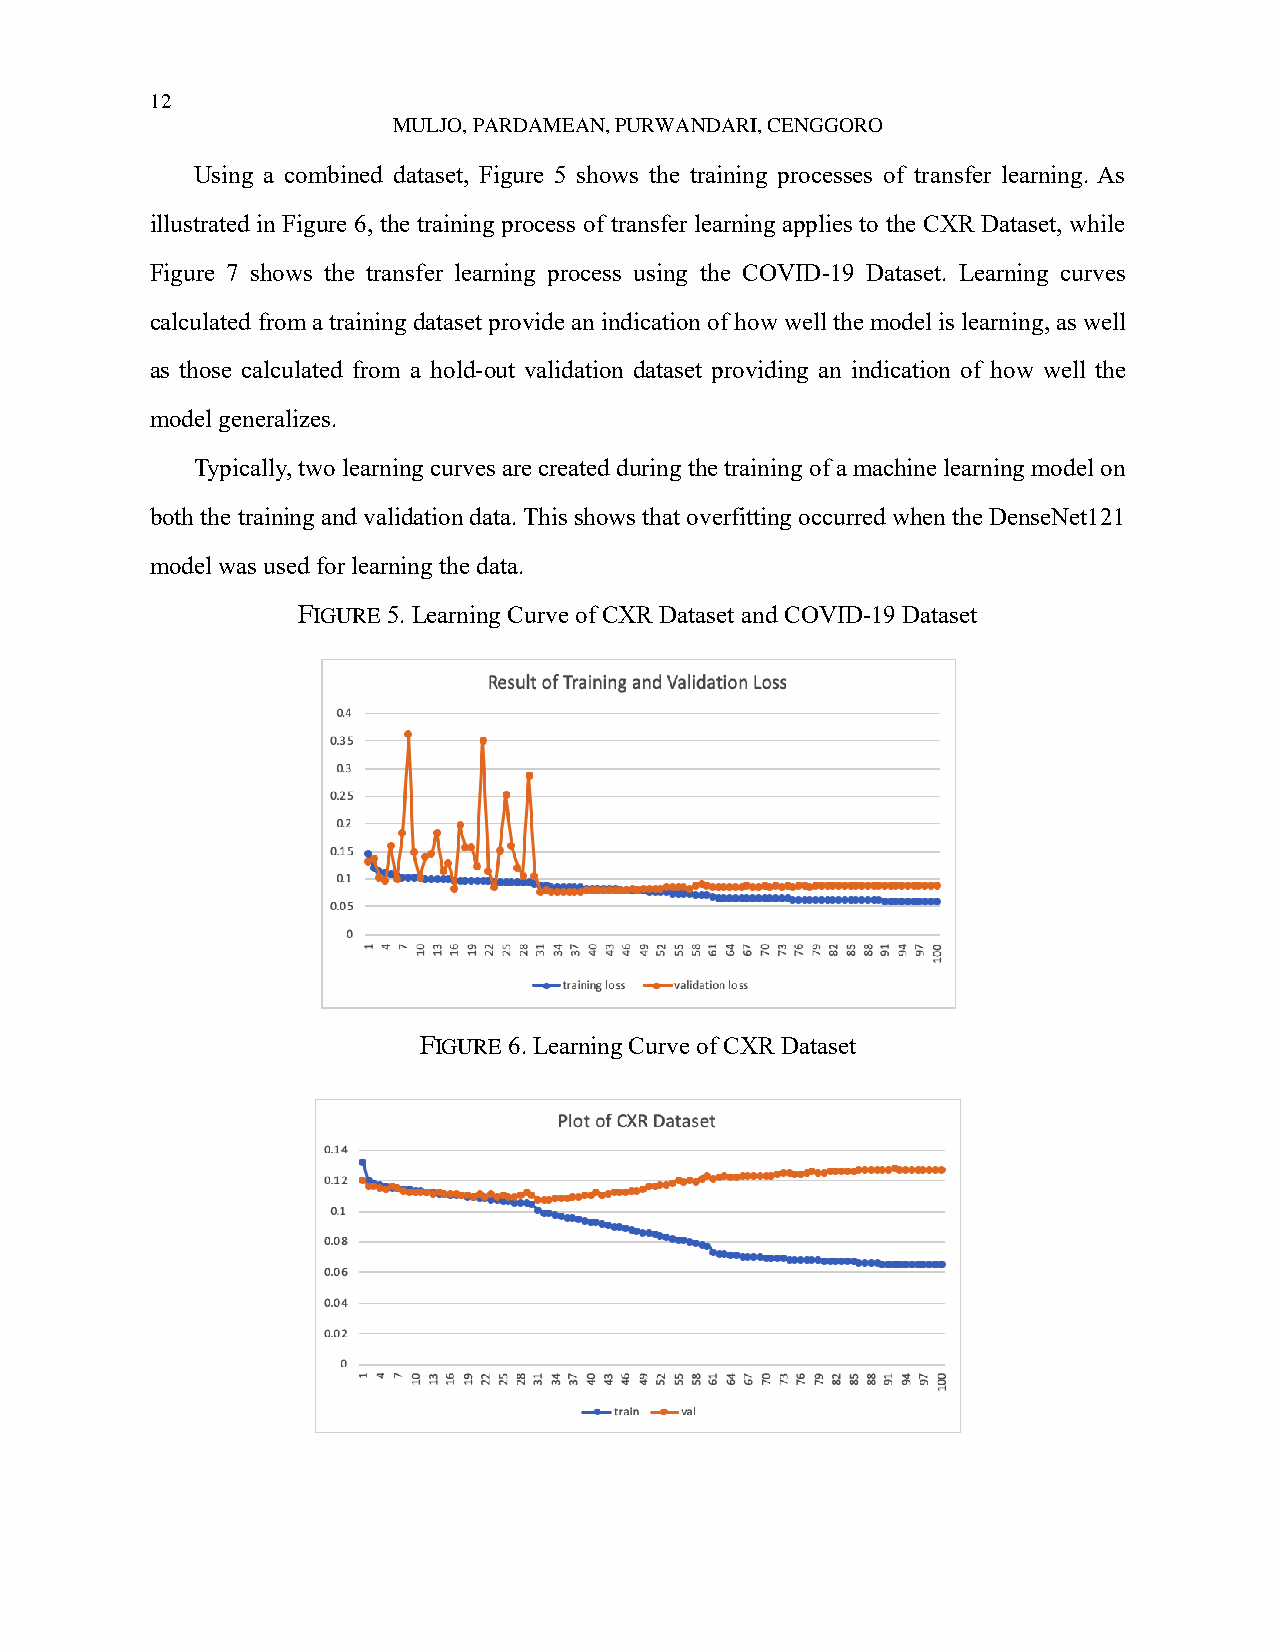
12
 MULJO, PARDAMEAN, PURWANDARI, CENGGORO
 Using a combined dataset, Figure 5 shows the training processes of transfer learning. As
 illustrated in Figure 6, the training process of transfer learning applies to the CXR Dataset, while
 Figure 7 shows the transfer learning process using the COVID-19 Dataset. Learning curves
 calculated from a training dataset provide an indication of how well the model is learning, as well
 as those calculated from a hold-out validation dataset providing an indication of how well the
 model generalizes.
 Typically, two learning curves are created during the training of a machine learning model on
 both the training and validation data. This shows that overfitting occurred when the DenseNet121
 model was used for learning the data.
 FIGURE 5. Learning Curve of CXR Dataset and COVID-19 Dataset
 FIGURE 6. Learning Curve of CXR Dataset